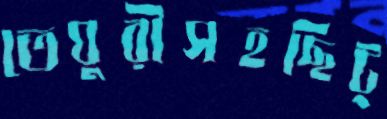
তেঘুরীসহছিট্